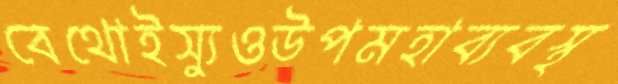
বেথোইস্যুওউপমহাব্যবস্থ